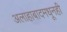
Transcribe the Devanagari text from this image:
अलाहाबादमधूनही